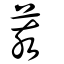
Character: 荄